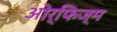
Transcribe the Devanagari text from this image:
ओर्फिज्म